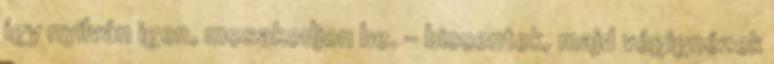
így nyilván igen, mosakodjon be. – biccentek, majd végignézek